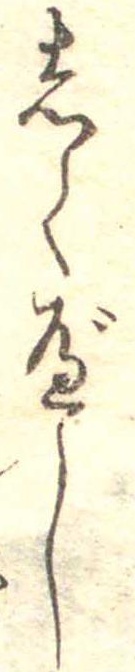
しくべし